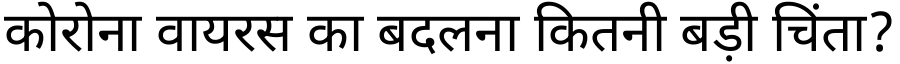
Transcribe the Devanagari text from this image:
कोरोना वायरस का बदलना कितनी बड़ी चिंता?